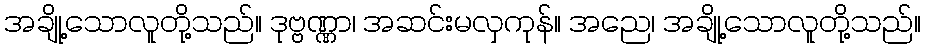
အချို့သောလူတို့သည်။ ဒုဗ္ဗဏ္ဏာ၊ အဆင်းမလှကုန်။ အညေ၊ အချို့သောလူတို့သည်။